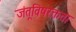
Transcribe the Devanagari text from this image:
जंतूविषरक्तता